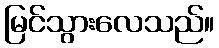
မြင်သွားလေသည်။